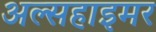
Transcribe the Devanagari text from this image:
अल्सहाइमर